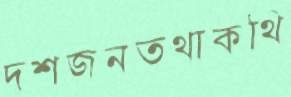
দশজনতথাকথি